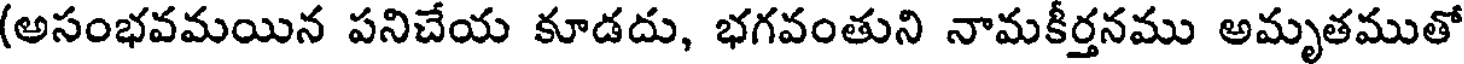
(అసంభవమయిన పనిచేయ కూడదు, భగవంతుని నామకీర్తనము అమృతముతో